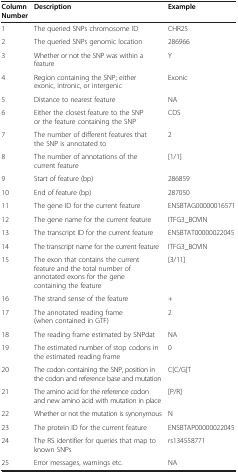
<table><thead><tr><td><b>Column Number</b></td><td><b>Description</b></td><td><b>Example</b></td></tr></thead><tbody><tr><td>1</td><td>The queried SNPs chromosome ID</td><td>CHR25</td></tr><tr><td>2</td><td>The queried SNPs genomic location</td><td>286966</td></tr><tr><td>3</td><td>Whether or not the SNP was within a feature</td><td>Y</td></tr><tr><td>4</td><td>Region containing the SNP; either exonic, intronic, or intergenic</td><td>Exonic</td></tr><tr><td>5</td><td>Distance to nearest feature</td><td>NA</td></tr><tr><td>6</td><td>Either the closest feature to the SNP or the feature containing the SNP</td><td>CDS</td></tr><tr><td>7</td><td>The number of different features that the SNP is annotated to</td><td>2</td></tr><tr><td>8</td><td>The number of annotations of the current feature</td><td>[1/1]</td></tr><tr><td>9</td><td>Start of feature (bp)</td><td>286859</td></tr><tr><td>10</td><td>End of feature (bp)</td><td>287050</td></tr><tr><td>11</td><td>The gene ID for the current feature</td><td>ENSBTAG00000016571</td></tr><tr><td>12</td><td>The gene name for the current feature</td><td>ITFG3_BOVIN</td></tr><tr><td>13</td><td>The transcript ID for the current feature</td><td>ENSBTAT00000022045</td></tr><tr><td>14</td><td>The transcript name for the current feature</td><td>ITFG3_BOVIN</td></tr><tr><td>15</td><td>The exon that contains the current feature and the total number of annotated exons for the gene containing the feature</td><td>[3/11]</td></tr><tr><td>16</td><td>The strand sense of the feature</td><td>+</td></tr><tr><td>17</td><td>The annotated reading frame (when contained in GTF)</td><td>2</td></tr><tr><td>18</td><td>The reading frame estimated by SNPdat</td><td>NA</td></tr><tr><td>19</td><td>The estimated number of stop codons in the estimated reading frame</td><td>0</td></tr><tr><td>20</td><td>The codon containing the SNP, position in the codon and reference base and mutation</td><td>C[C/G]T</td></tr><tr><td>21</td><td>The amino acid for the reference codon and new amino acid with mutation in place</td><td>[P/R]</td></tr><tr><td>22</td><td>Whether or not the mutation is synonymous</td><td>N</td></tr><tr><td>23</td><td>The protein ID for the current feature</td><td>ENSBTAP00000022045</td></tr><tr><td>24</td><td>The RS identifier for queries that map to known SNPs</td><td>rs134558771</td></tr><tr><td>25</td><td>Error messages, warnings etc.</td><td>NA</td></tr></tbody></table>